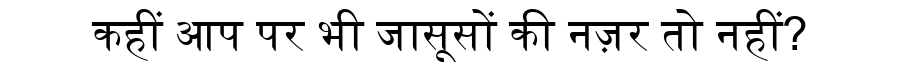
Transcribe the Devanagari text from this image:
कहीं आप पर भी जासूसों की नज़र तो नहीं?